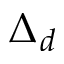
\Delta _ { d }